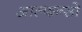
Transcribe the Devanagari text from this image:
आल्फन्सो